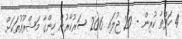
4 ހަފްތާ ކުރިން - 29 ޖުލައި 2016 ސަރުކާރުން ހިންގާ މަޝްރޫއުތަކަށް